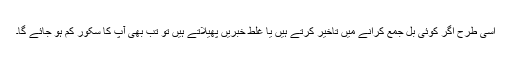
اسی طرح اگر کوئی بِل جمع کرانے میں تاخیر کرتے ہیں یا غلط خبریں پھیلاتے ہیں تو تب بھی آپ کا سکور کم ہو جائے گا۔